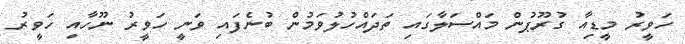
ހަވީރު މީޑިއާ ގުރޫޕުން މައްސަލާގައި ތަދައްހުލުވަމުން ބުނެފައި ވަނީ ހަވީރު ނޫހާއި ހަވީރު